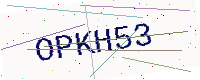
Text: OPKH53